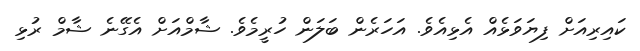
ކައިރިއަށް ފިޔަވަޅެއް އެޅިއެވެ. އަހަރެން ބަލަން ހުރީމެވެ. ޝާމްއަށް އެގޭނެ ޝާމް ރުޅި